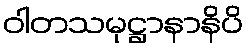
ဝါတသမုဋ္ဌာနာနိပိ